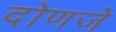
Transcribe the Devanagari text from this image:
दोणजे